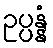
ဥပ္ပန္နံ